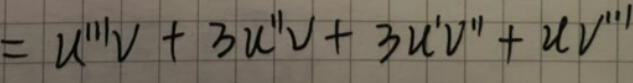
\[
= u'''v + 3u''v+3u'v'' + uv'''
\]